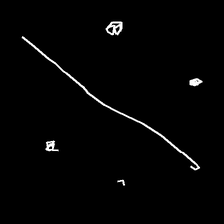
Glyph: cool